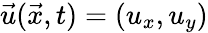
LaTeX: \vec{u}(\vec{x},t)=(u_{x},u_{y})